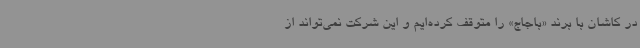
در کاشان با برند «باجاج» را متوقف کرده‌ایم و این شرکت نمی‌تواند از